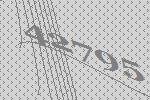
42795